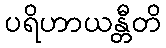
ပရိဟာယန္တီတိ